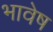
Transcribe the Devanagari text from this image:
भावेष